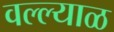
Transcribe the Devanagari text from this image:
वल्ल्याळ